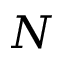
N